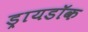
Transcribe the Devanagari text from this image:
ड्रायडॉक